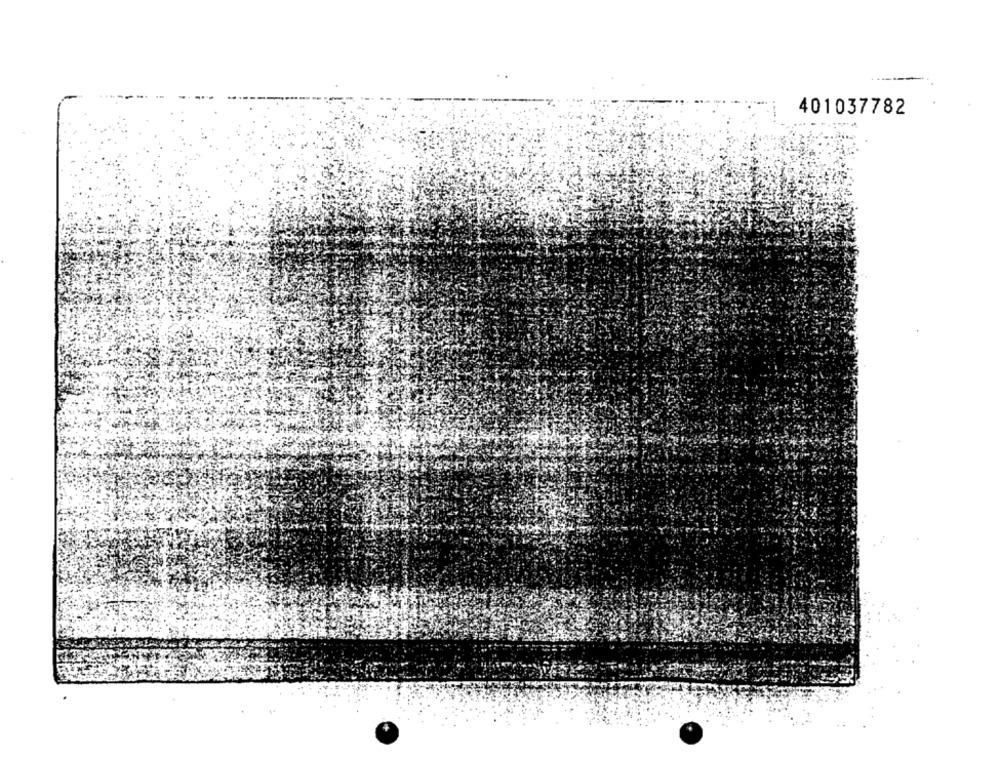
401037782